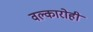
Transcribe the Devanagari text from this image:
वल्कारोही